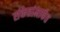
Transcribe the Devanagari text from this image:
संकेतांमार्फत